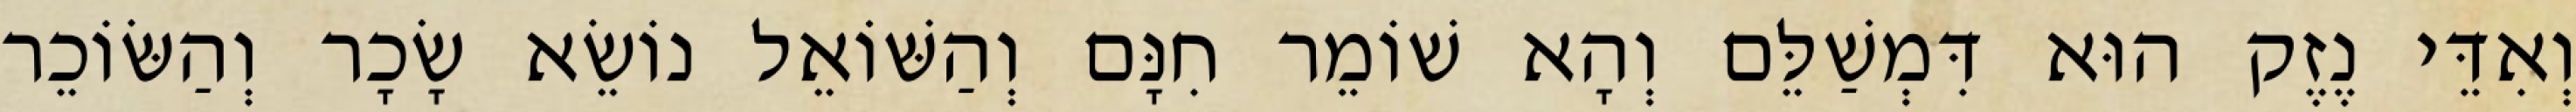
וְאִדֵּי נֶזֶק הוּא דִּמְשַׁלֵּם וְהָא שׁוֹמֵר חִנָּם וְהַשּׁוֹאֵל נוֹשֵׂא שָׂכָר וְהַשּׂוֹכֵר